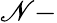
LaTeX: \mathscr{N}-